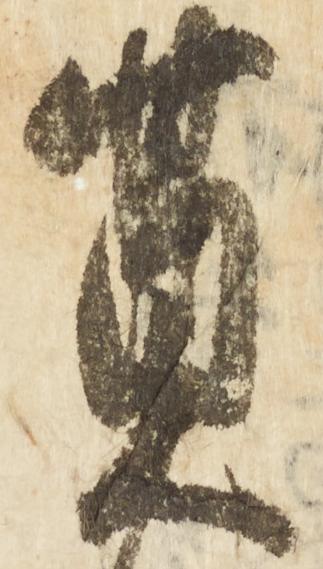
奠